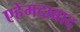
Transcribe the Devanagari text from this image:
एहेमदाबाद